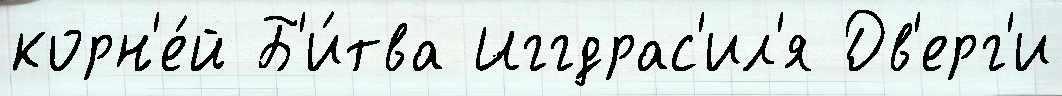
корн'е́й Б'и́тва Иггдрас'ил'я Дв'ерг'и